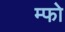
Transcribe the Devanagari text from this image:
म्फो